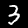
Label: 3